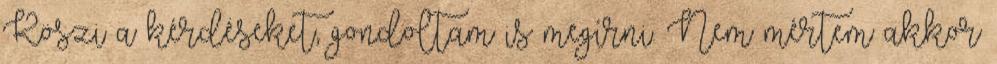
Köszi a kérdéseket, gondoltam is megírni. Nem mértem akkor